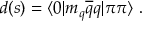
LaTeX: d ( s ) = \langle 0 | m _ { q } \overline { { { q } } } q | \pi \pi \rangle \ .